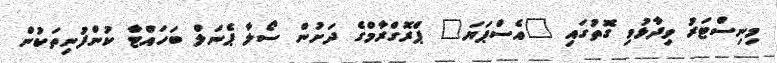
މިނިސްޓަރު ވިދާޅުވި ގޮތުގައި "އެސްޕަޔަ" ޕްރޮގްރާމްގެ ދަށުން ސޯލާ ޕެނަލް ބަހައްޓާ ކުންފުނިތަކުން